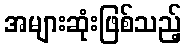
အများဆုံးဖြစ်သည့်